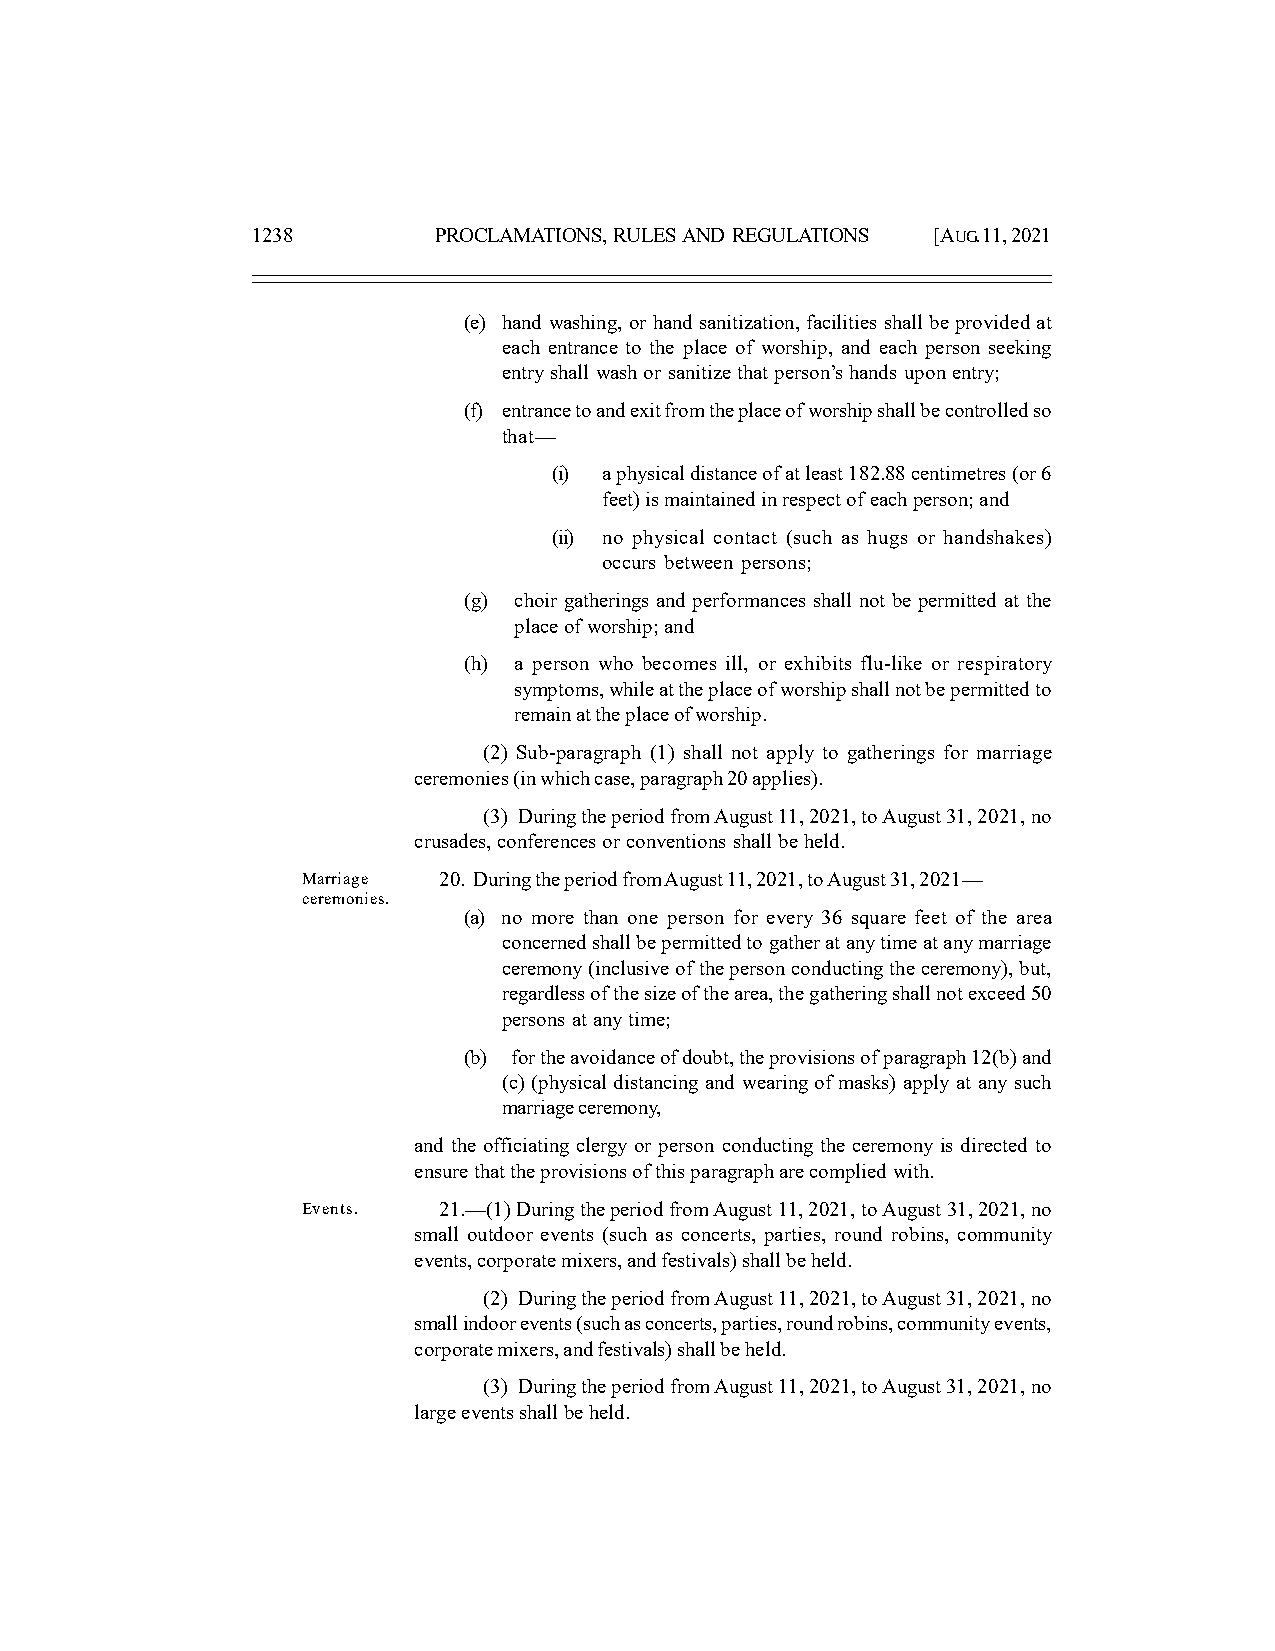
1238        PROCLAMATIONS, RULES AND REGULATIONS [AUG. 11, 2021
 (e) hand washing, or hand sanitization, facilities shall be provided at
 each entrance to the place of worship, and each person seeking
 entry shall wash or sanitize that person’s hands upon entry;
 (f) entrance to and exit from the place of worship shall be controlled so
 that—
 (i) a physical distance of at least 182.88 centimetres (or 6
 feet) is maintained in respect of each person; and
 (ii) no physical contact (such as hugs or handshakes)
 occurs between persons;
 (g) choir gatherings and performances shall not be permitted at the
 place of worship; and
 (h) a person who becomes ill, or exhibits flu-like or respiratory
 symptoms, while at the place of worship shall not be permitted to
 remain at the place of worship.
 (2) Sub-paragraph (1) shall not apply to gatherings for marriage
 ceremonies (in which case, paragraph 20 applies).
 (3) During the period from August 11, 2021, to August 31, 2021, no
 crusades, conferences or conventions shall be held.
 Marriage 20. During the period from August 11, 2021, to August 31, 2021—
 ceremonies.
 (a) no more than one person for every 36 square feet of the area
 concerned shall be permitted to gather at any time at any marriage
 ceremony (inclusive of the person conducting the ceremony), but,
 regardless of the size of the area, the gathering shall not exceed 50
 persons at any time;
 (b) for the avoidance of doubt, the provisions of paragraph 12(b) and
 (c) (physical distancing and wearing of masks) apply at any such
 marriage ceremony,
 and the officiating clergy or person conducting the ceremony is directed to
 ensure that the provisions of this paragraph are complied with.
 Events.  21.—(1) During the period from August 11, 2021, to August 31, 2021, no
 small outdoor events (such as concerts, parties, round robins, community
 events, corporate mixers, and festivals) shall be held.
 (2) During the period from August 11, 2021, to August 31, 2021, no
 small indoor events (such as concerts, parties, round robins, community events,
 corporate mixers, and festivals) shall be held.
 (3) During the period from August 11, 2021, to August 31, 2021, no
 large events shall be held.